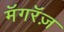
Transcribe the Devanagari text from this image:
मॅगरॅज़